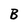
Character: B